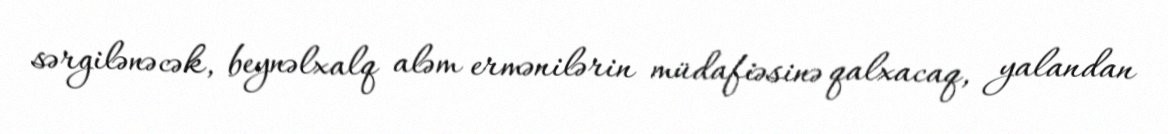
sərgilənəcək, beynəlxalq aləm ermənilərin müdafiəsinə qalxacaq, yalandan